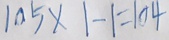
1 0 5 \times 1 - 1 = 1 0 4